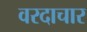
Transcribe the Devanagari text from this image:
वरदाचार